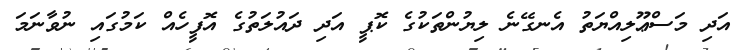
އަދި މަސްޢޫލިއްޔަތު އެނގޭނެ ލިޔުންތަކުގެ ކޮޕީ އަދި ދައުލަތުގެ އޮފީހެއް ކަމުގައި ނުވާނަމަ